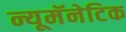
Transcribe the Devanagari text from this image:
न्यूमॅनेटिक